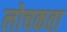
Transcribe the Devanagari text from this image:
लोचकता